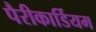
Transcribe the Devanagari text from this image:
पैरीकार्डियम